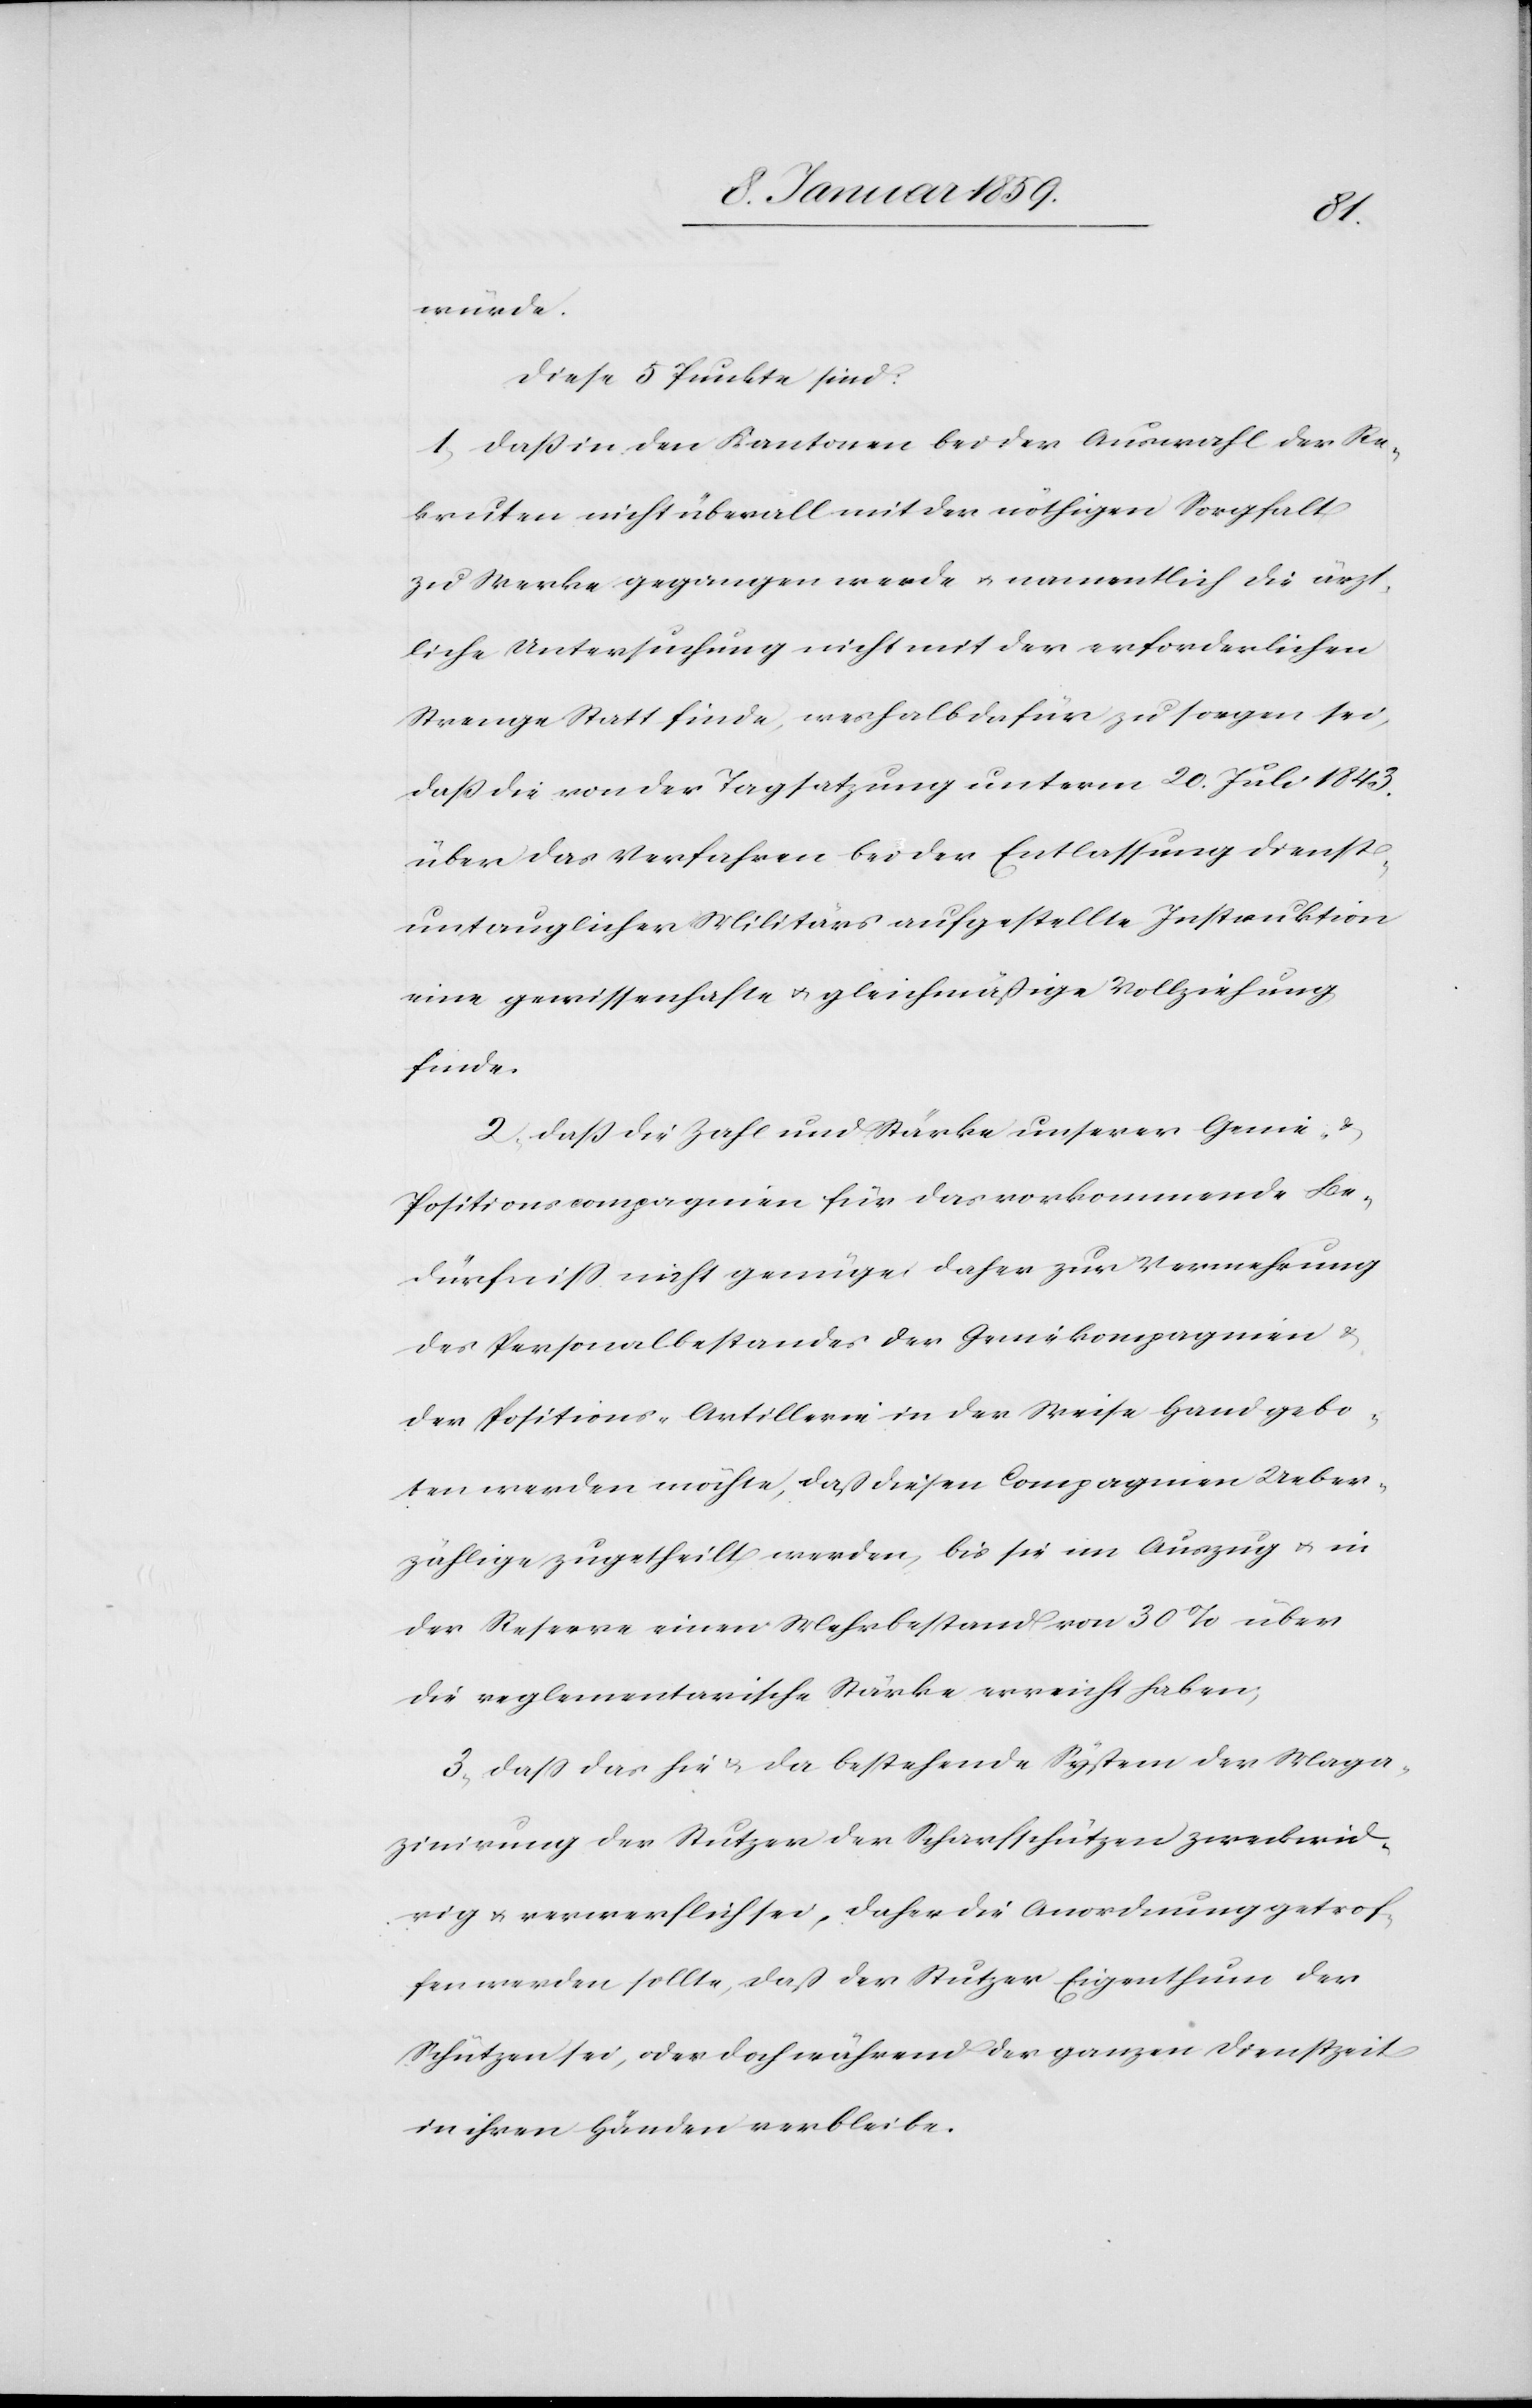
würde.
Diese Punkte sind:
1. Daß in den Kantonen bei der Auswahl der Re¬
kruten nicht überall mit der nöthigen Sorgfalt
zu Werke gegangen werde u. namentlich die ärzt¬
liche Untersuchung nicht mit der erforderlichen
Strenge Statt finde, weshalb dafür zu sorgen sei,
daß die von der Tagsatzung unterm 20. Juli 1843.
über das Verfahren bei der Entlassung dienst¬
untauglicher Militärs aufgestellte Instruktion
eine gewissenhafte u. gleichmäßige Vollziehung
finde.
2. Dass die Zahl und Stärke unserer Genie-
Positionscompagnien für das vorkommende Be¬
dürfniß nicht genüge, daher zur Vermehrung
des Personalbestandes der Geniekompagnien &
der Positions-Artillerie in der Weise Hand gebo¬
ten werden möchte, daß diesen Compagnien Ueber¬
zählige zugetheilt werden, bis sie im Auszug u. in
der Reserve einen Mehrbestand von 30% über
die reglementarische Stärke erreicht haben;
3. Daß das hie u. da bestehende System der Maga¬
zinirung der Stutzer der Scharfschützen zweckwid¬
rig u. verwerflich sei, daher die Anordnung getrof¬
fen werden sollte, daß der Stutzer Eigenthum der
Schützen sei, oder doch während der ganzen Dienstzeit
in ihren Händen verbleibe.